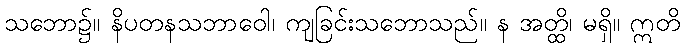
သဘော၌။ နိပတနသဘာဝေါ၊ ကျခြင်းသဘောသည်။ န အတ္ထိ၊ မရှိ။ ဣတိ